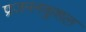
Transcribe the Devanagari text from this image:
प्रजननकुशल